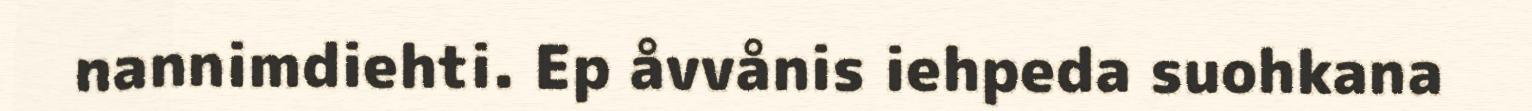
nannimdiehti. Ep åvvånis iehpeda suohkana